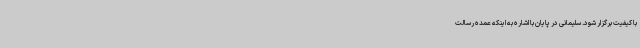
با کیفیت برگزار شود. سلیمانی در پایان با اشاره به اینکه عمده رسالت